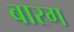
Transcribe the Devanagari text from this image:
बारग